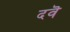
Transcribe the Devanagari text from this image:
दवॆ